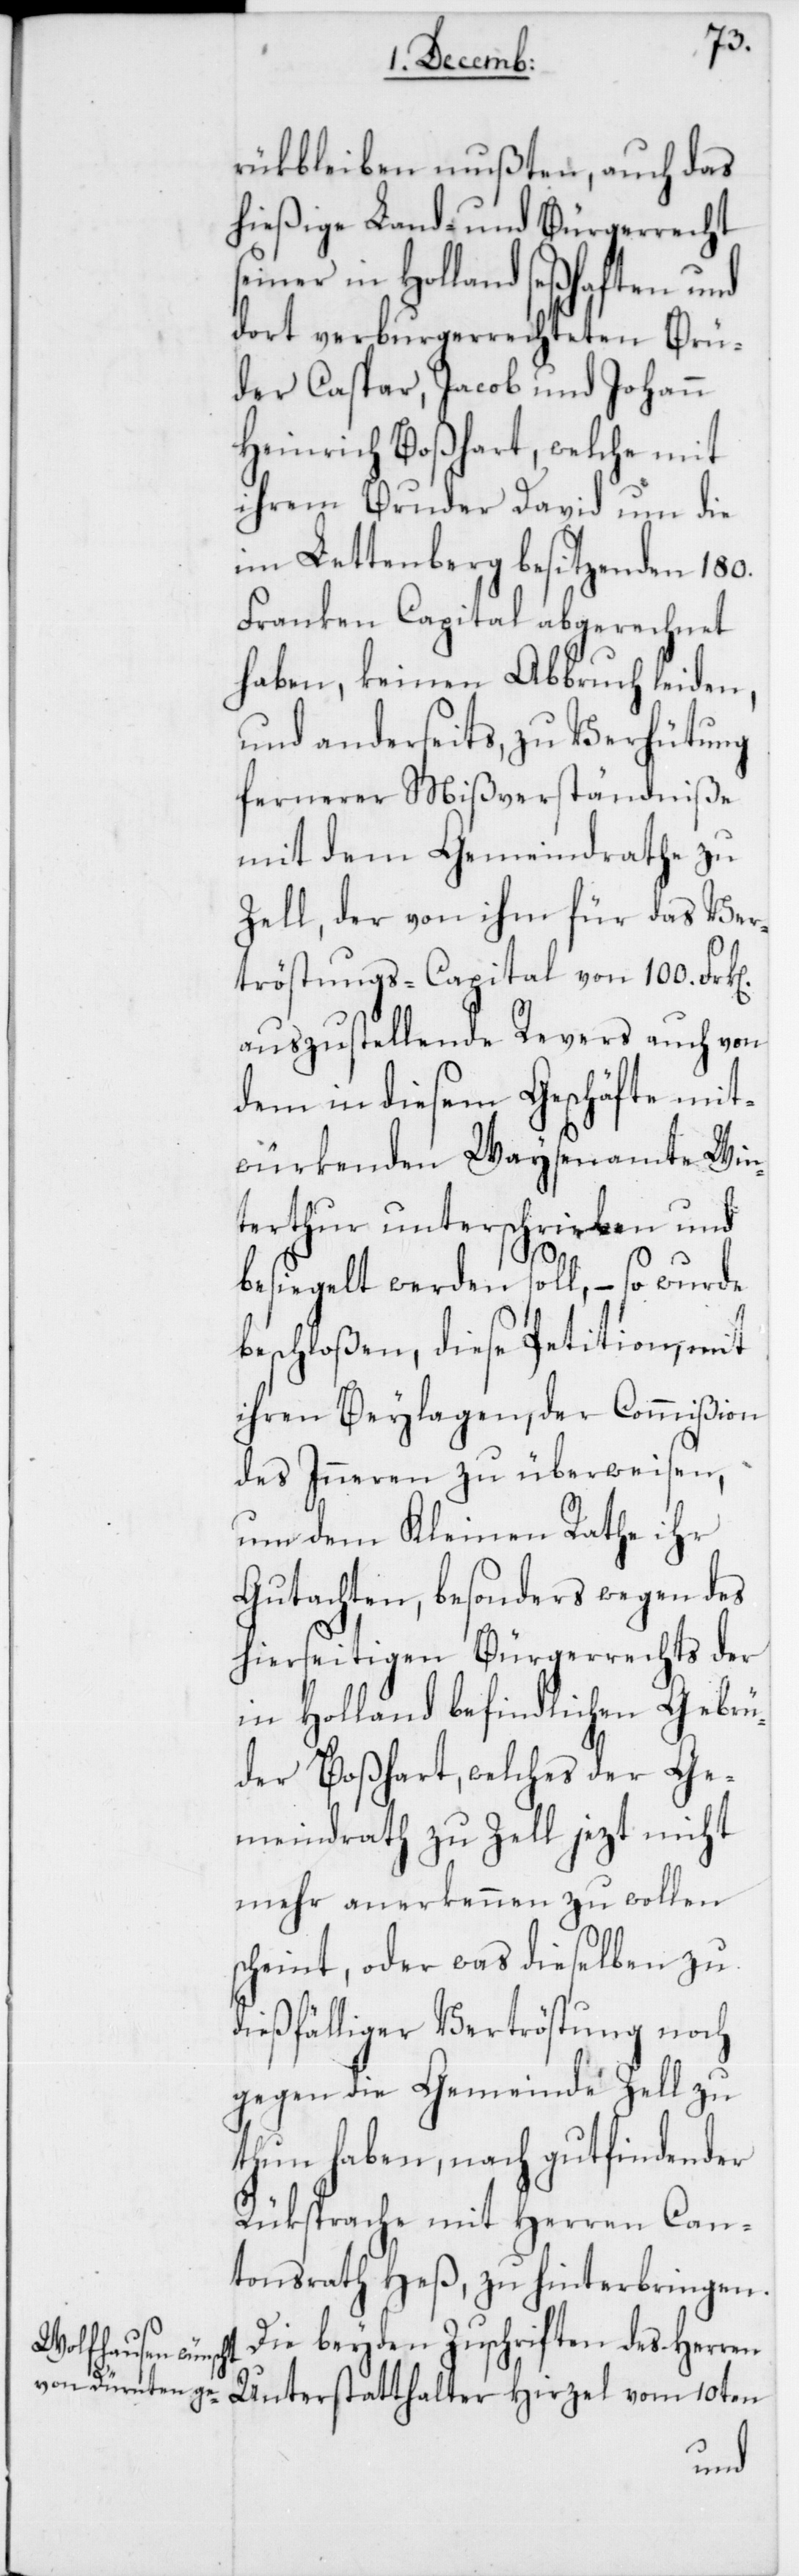
rükbleiben mußten, auch das
hießige Land- und Bürgerrecht
in Holland seßhaften und
dort verburgerrechteten Brü¬
der Caspar, Jacob und Johann
Heinrich Boßhart, welche mit
ihrem Bruder David um die
im Lettenberg besitzenden 180.
Franken Capital abgerechnet
haben, keinen Abbruch leiden,
und anderseits zu Verhütung
fernerer Mißverständniße
mit dem Gemeindrathe zu
Zell, der von ihm für das Ver¬
tröstungs-Capital von 100. Frank¬
auszustellende Revers auch von
dem in diesem Geschäfte mit¬
würkenden Waysenamte Win¬
terthur unterschrieben und
besiegelt werden soll, – so wurde
beschloßen, diese Petition mit
ihren Beylagen, der Commißion
des Inneren zu überweisen,
und dem Kleinen Rathe ihr
Gutachten, besonders wegen des
hierseitigen Bürgerrechts der
in Holland befindlichen Gebrü¬
der Boßhart, welches der Ge¬
meindrath zu Zell jezt nicht
mehr anerkennen zu wollen
scheint, oder was dieselben zu
dießfälliger Vertröstung noch
gegen die Gemeinde Zell zu
thun haben, nach gutfindender
Rüksprache mit Herren Can¬
tonsrath Heß, zu hinterbringen.
Die beyden Zuschriften des Herren
Unterstatthalter Hirzel vom 10ten
en